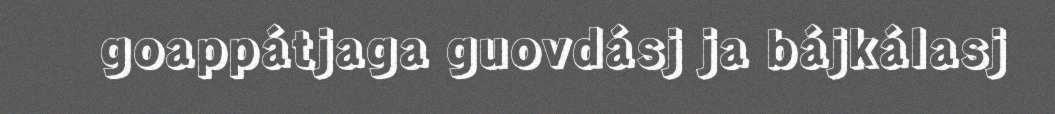
goappátjaga guovdásj ja bájkálasj